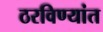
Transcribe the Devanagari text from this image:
ठरविण्यांत